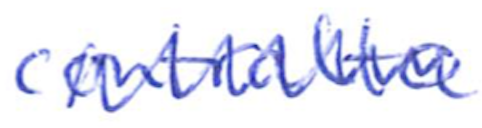
Text: contralto
Cross-out: zig-zag
Writing tool: ballpoint